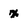
Character: x